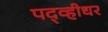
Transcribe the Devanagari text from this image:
पद्व्हीधर